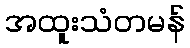
အထူးသံတမန်